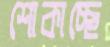
শোকাচ্ছে